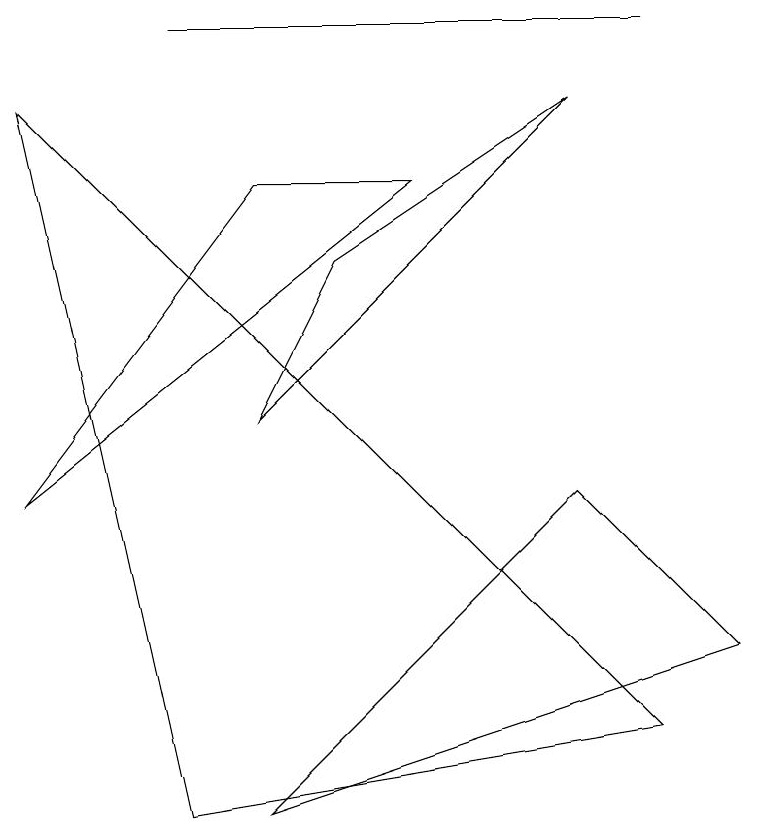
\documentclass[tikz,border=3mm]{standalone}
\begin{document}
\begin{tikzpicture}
\draw (7,4) -- (3,0) -- (9,2) -- cycle;
\draw (8,10) rectangle (2,10);
\draw (3,5) -- (7,9) -- (4,7) -- cycle;
\draw (5,8) -- (0,4) -- (3,8) -- cycle;
\draw (2,0) -- (0,9) -- (8,1) -- cycle;
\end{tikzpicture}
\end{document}